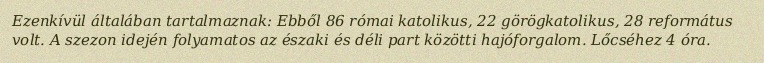
Ezenkívül általában tartalmaznak: Ebből 86 római katolikus, 22 görögkatolikus, 28 református volt. A szezon idején folyamatos az északi és déli part közötti hajóforgalom. Lőcséhez 4 óra.